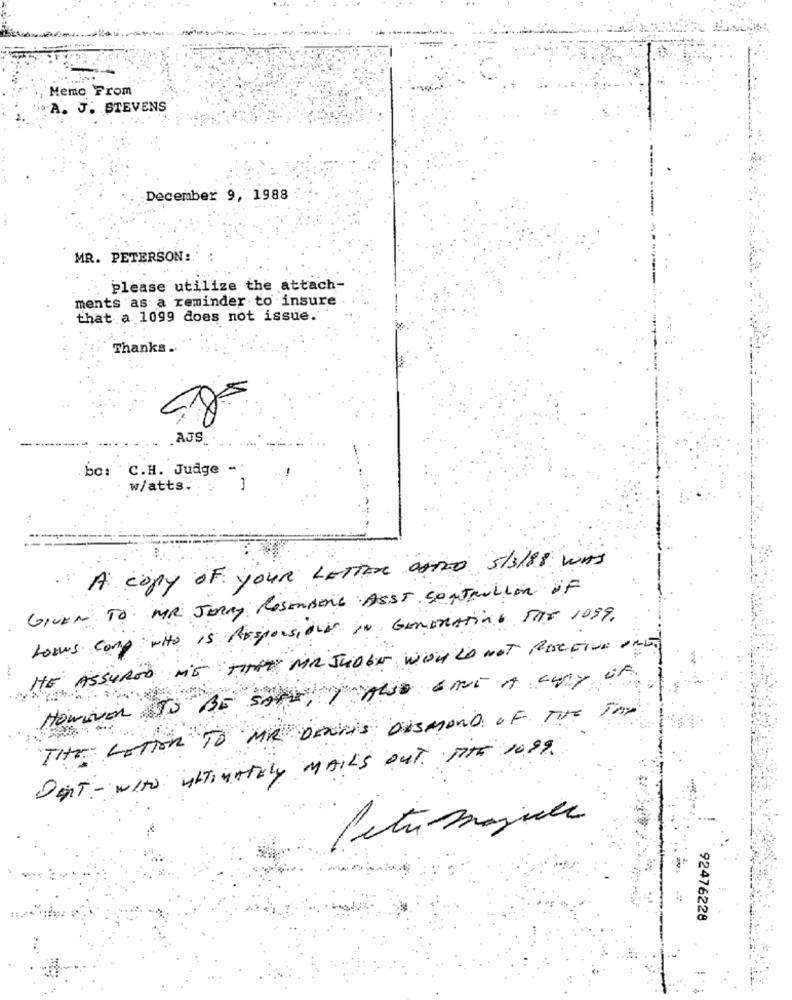
Memo From
A. J. STEVENS
December 9, 1988
MR. PETERSON :.
. Please utilize the attach-
ments as a reminder to insure
that a 1099 does not issue.
Thanks.
AJS
bc: C.H. Judge -
w/atts.
A copy of your LETTER asTo 5/3/88 WAS
. ..
GIVEN TO MR JERRY ROSENBERG ASST controlloR OF
Lows comp wito is Responsions in GENERATING THE 1099.
HE ASSURED ME THAT MR JUDGE WOULD NOT RECEIVE ONE
However TO BE SAID, I ALSO EINE A COPY OF
THE LETTER TO MR DENNIS DESMOND OF THE TOP
DET - wIto ULTIMATELY MAILS OUT TITE 1099
Petr majule
92476228